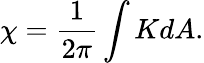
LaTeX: \chi=\frac{1}{2\pi}\int KdA.